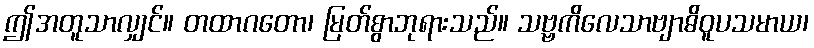
ဤအတူသာလျှင်။ တထာဂတော၊ မြတ်စွာဘုရားသည်။ သဗ္ဗကိလေသာဗျာဓိဝူပသမာယ၊